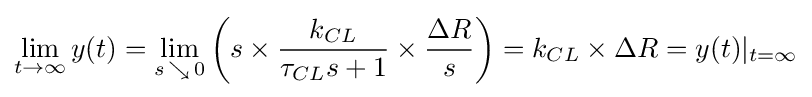
\lim _{t\to \infty }y(t)=\lim _{s\,\searrow \,0}\left(s\times {\frac {k_{CL}}{\tau _{CL}s+1}}\times {\frac {\Delta R}{s}}\right)=k_{CL}\times \Delta R=y(t)|_{t=\infty }